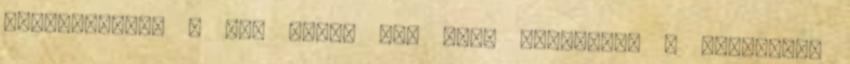
gesztusokat, a fo- másik pár Ungi Krisztián a bujabordó